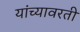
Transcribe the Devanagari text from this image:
यांच्यावरती